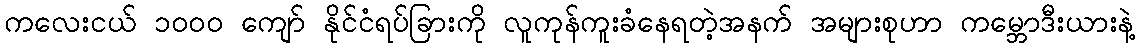
ကလေးငယ် ၁၀၀၀ ကျော် နိုင်ငံရပ်ခြားကို လူကုန်ကူးခံနေရတဲ့အနက် အများစုဟာ ကမ္ဘောဒီးယားနဲ့